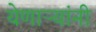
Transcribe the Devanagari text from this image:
येणाऱ्यांनी